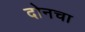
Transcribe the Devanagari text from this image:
दोनचा